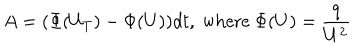
LaTeX: A = ( \Phi ( U _ { T } ) - \Phi ( U ) ) d t , \textrm { w h e r e } \Phi ( U ) = \frac { q } { U ^ { 2 } }